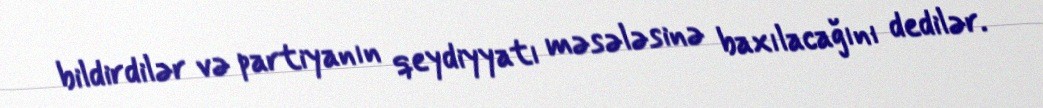
bildirdilər və partiyanın qeydiyyatı məsələsinə baxılacağını dedilər.